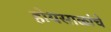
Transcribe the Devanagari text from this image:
होयसाळांचे